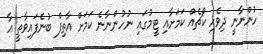
ހުންނާނީ ދިވެހި ކޯޗެއް ކަމަށާއި ޓީމުގައި ނުހުންނާނެ ކަމަށް އާތިފް ބުނެފައިވާތީ އާ